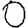
Digit: 0